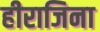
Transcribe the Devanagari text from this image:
हीराजिना